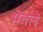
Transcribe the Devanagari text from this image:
थ्रोत्तले